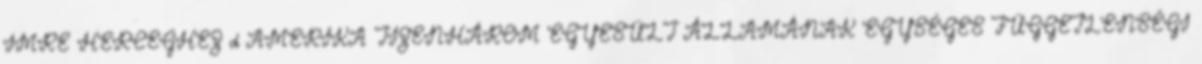
IMRE HERCEGHEZ d AMERIKA TIZENHÁROM EGYESÜLT ÁLLAMÁNAK EGYSÉGES FÜGGETLENSÉGI